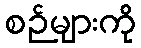
စဉ်များကို